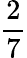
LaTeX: \frac{2}{7}